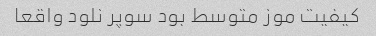
کیفیت موز متوسط بود سوپر نلود واقعا